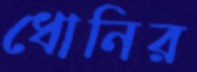
ধোনির